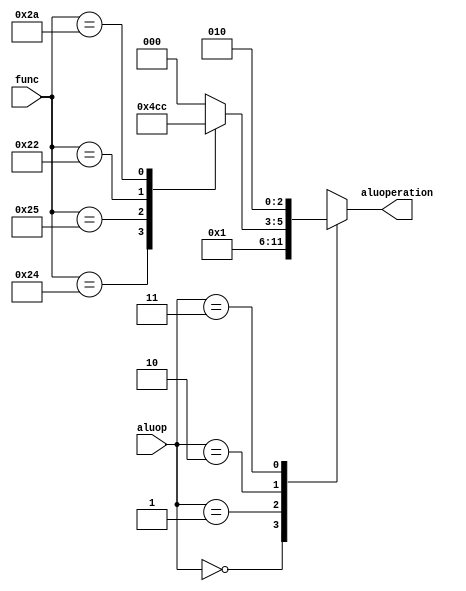
module AluController(func, aluop, aluoperation);
input [5:0] func;
input [1:0] aluop;
output reg [2:0] aluoperation;

    always @(func, aluop) begin
        case (aluop)
            2'b00: aluoperation = 3'b000;
            2'b01: aluoperation = 3'b001;
            2'b10:begin
                case (func)
                    6'b100000: aluoperation = 3'b000;
                    6'b100100: aluoperation = 3'b010;
                    6'b100101: aluoperation = 3'b011;
                    6'b100010: aluoperation = 3'b001;
                    6'b101010: aluoperation = 3'b100;
                    default: aluoperation = 3'b000;
                endcase
            end
            2'b11: aluoperation = 3'b010;
            
            default: aluoperation = 3'b000;
        endcase
    end

endmodule